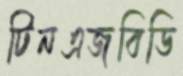
টিনএজবিডি